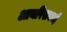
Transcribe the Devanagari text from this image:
आयरिशकाई